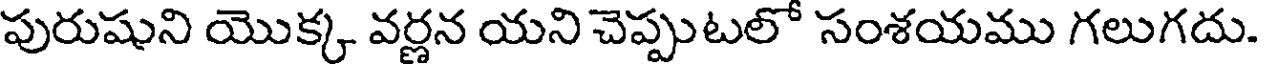
పురుషుని యొక్క వర్ణన యని చెప్పుటలో సంశయము గలుగదు.